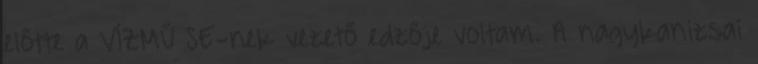
előtte a VÍZMŰ SE-nek vezető edzője voltam. A nagykanizsai